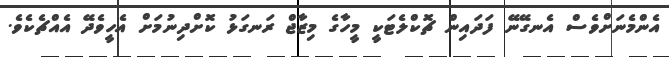
އެންމެނަށްވެސް އެނގޭނޭ ފަދައިން ޗޮކްލެޓަކީ މީހާގެ މިޒާޖް ރަނގަޅު ކޮށްދިނުމަށް އެހީވެދޭ އެއްޗެކެވެ.